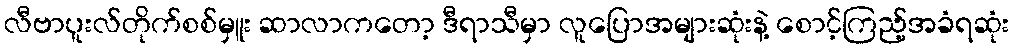
လီဗာပူးလ်တိုက်စစ်မှူး ဆာလာကတော့ ဒီရာသီမှာ လူပြောအများဆုံးနဲ့ စောင့်ကြည့်အခံရဆုံး